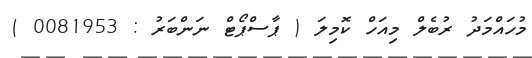
މުހައްމަދު ރުބެލް މިއަހް ކޮމިލަ ( ޕާސްޕޯޓް ނަންބަރު : 0081953 )